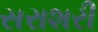
સરાશરી